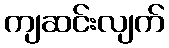
ကျဆင်းလျက်